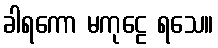
ခါရကော မကုဠေ ရသေ။